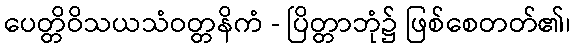
ပေတ္တိဝိသယသံဝတ္တနိကံ - ပြိတ္တာဘုံ၌ ဖြစ်စေတတ်၏၊